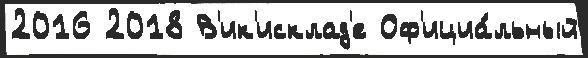
2016 2018 В'ик'исклад'е Оф'ициа́льный